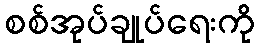
စစ်အုပ်ချုပ်ရေးကို